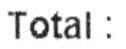
TOTAL :